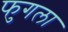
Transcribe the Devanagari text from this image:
फुगला